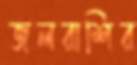
জলরাশির